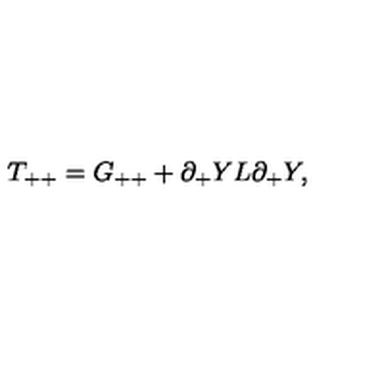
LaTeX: T _ { + + } = G _ { + + } + \partial _ { + } Y L \partial _ { + } Y ,